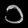
Digit: ၁